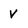
Character: v